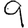
Digit: 9